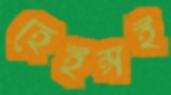
হেইন্সই